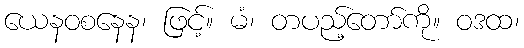
ယေနဝစနေန၊ ဖြင့်။ မံ၊ တပည့်တော်ကို။ ဝဒထ၊